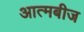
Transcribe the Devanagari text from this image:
आत्मबीज